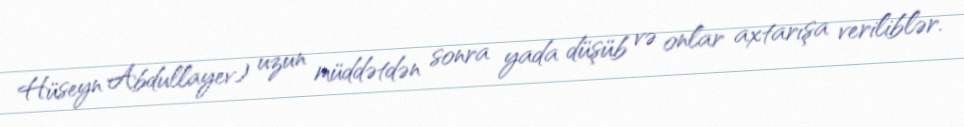
Hüseyn Abdullayev) uzun müddətdən sonra yada düşüb və onlar axtarışa veriliblər.